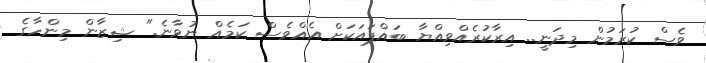
ވެސް ކުރަމުން މިދަނީ.. އިރާކުރެއްވިއްޔާ ބައްޕައަކަށް އެއްވެސް ކަމެއް ނުވާނެ." ޝިޒާން މިންހާގެ